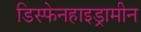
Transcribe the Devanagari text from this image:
डिस्फेनहाइड्रामीन